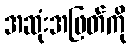
အဆုံးအဖြတ်ကို